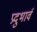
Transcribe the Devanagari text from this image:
प्रदुभार्व